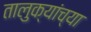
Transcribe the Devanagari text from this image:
तालुक्‍यांच्या